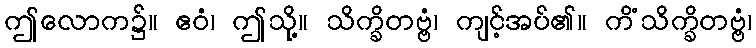
ဤလောက၌။ ဧဝံ၊ ဤသို့။ သိက္ခိတဗ္ဗံ၊ ကျင့်အပ်၏။ ကိံသိက္ခိတဗ္ဗံ၊